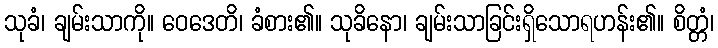
သုခံ၊ ချမ်းသာကို။ ဝေဒေတိ၊ ခံစား၏။ သုခိနော၊ ချမ်းသာခြင်းရှိသောရဟန်း၏။ စိတ္တံ၊